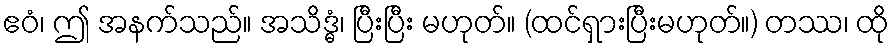
ဧဝံ၊ ဤ အနက်သည်။ အသိဒ္ဓံ၊ ပြီးပြီး မဟုတ်။ (ထင်ရှားပြီးမဟုတ်။) တဿ၊ ထို